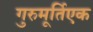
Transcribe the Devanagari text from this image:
गुरुमूर्तिएक